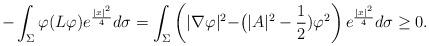
LaTeX: \begin{align*}-\int_{\Sigma}\varphi (L\varphi)e^{\frac{|x|^2}{4}}d\sigma=\int_{\Sigma}\left(|\nabla\varphi|^{2}-\bigr(|A|^{2}-\frac12)\varphi^2\right)e^{\frac{|x|^2}{4}}d\sigma\geq 0.\end{align*}